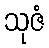
သုဇံ